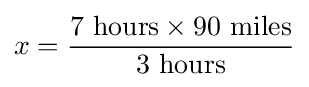
x={\frac {7\ {\text{hours}}\times 90\ {\text{miles}}}{3\ {\text{hours}}}}